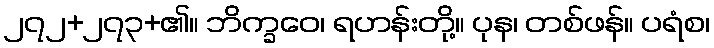
၂၇၂+၂၇၃+၏။ ဘိက္ခဝေ၊ ရဟန်းတို့။ ပုန၊ တစ်ဖန်။ ပရံစ၊